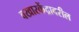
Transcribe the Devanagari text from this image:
वखारकेंद्रावरील